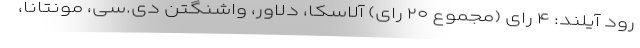
رود آیلند: ۴ رای (مجموع ۲۰ رای) آلاسکا، دلاور، واشنگتن دی.سی، مونتانا،